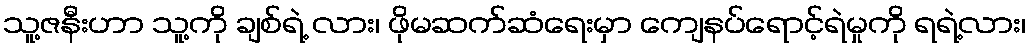
သူ့ဇနီးဟာ သူ့ကို ချစ်ရဲ့ လား၊ ဖိုမဆက်ဆံရေးမှာ ကျေနပ်ရောင့်ရဲမှုကို ရရဲ့လား၊